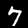
Digit: 7